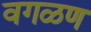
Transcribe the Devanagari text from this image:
वगळण